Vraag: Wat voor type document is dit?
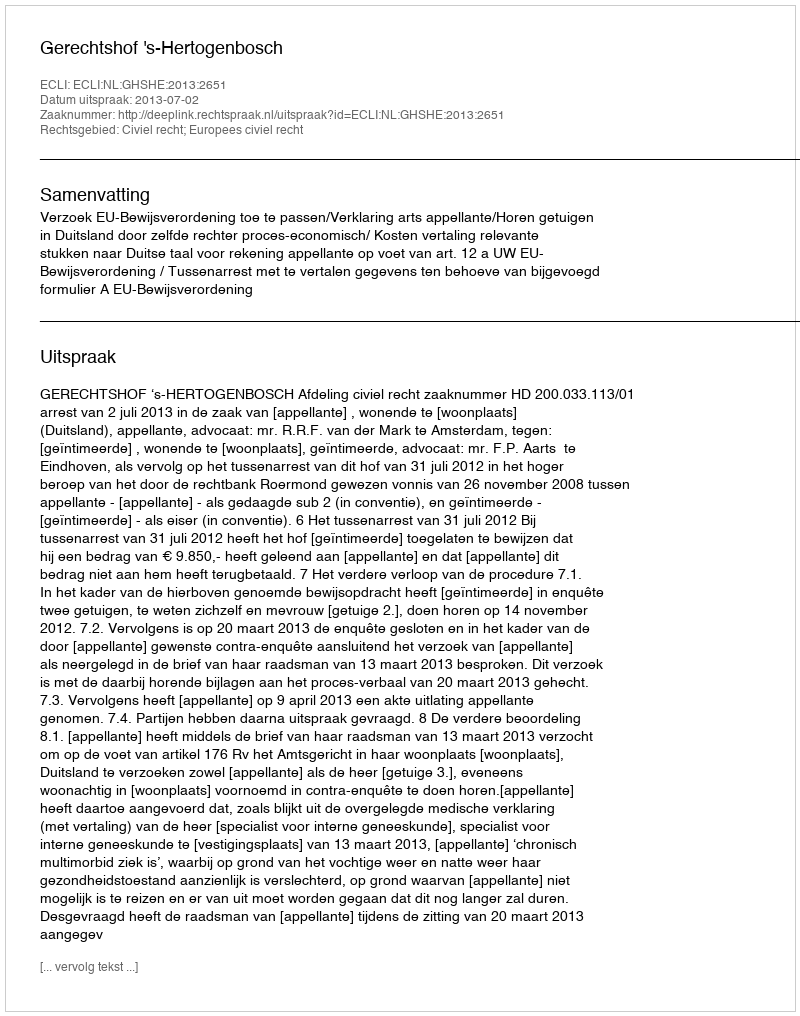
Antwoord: Uitspraak